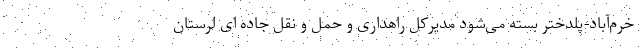
خرم‌آباد-پلدختر بسته می‌شود مدیرکل راهداری و حمل و نقل جاده ای لرستان